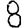
Digit: 8